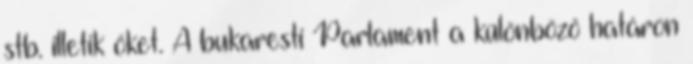
stb. illetik őket. A bukaresti Parlament a különböző határon